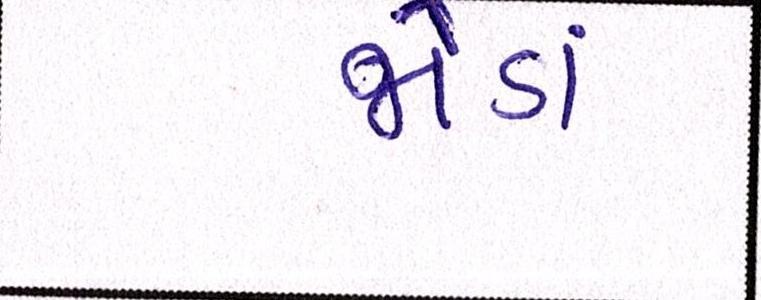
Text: જોડાં